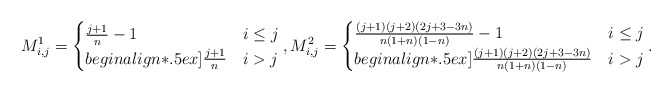
\begin{align*} M^1_{i,j} = \begin{cases} \frac{j+1}{n}-1& i \le j \\begin{align*}.5ex]\frac{j+1}{n}& i > j \end{cases}, M^2_{i,j} = \begin{cases} \frac{(j+1) (j + 2) (2 j + 3 - 3 n)}{n(1+n)(1-n)}-1 & i \le j \\begin{align*}.5ex]\frac{(j+1) (j + 2) (2 j + 3 - 3 n)}{n(1+n)(1-n)} & i > j \end{cases}.\end{align*}